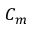
C _ { m }